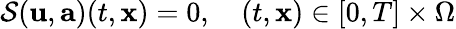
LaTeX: \mathcal{S}(\mathbf{u},\mathbf{a})(t,\mathbf{x})=0,\quad(t,\mathbf{x})\in[0,T]\times\Omega